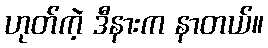
ဟုတ်ကဲ့ ဒီနားက နာတယ်။